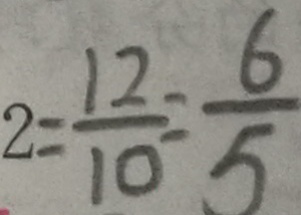
2 = \frac { 1 2 } { 1 0 } = \frac { 6 } { 5 }